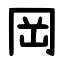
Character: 岡